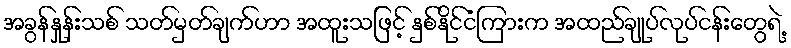
အခွန်နှုန်းသစ် သတ်မှတ်ချက်ဟာ အထူးသဖြင့် နှစ်နိုင်ငံကြားက အထည်ချုပ်လုပ်ငန်းတွေရဲ့